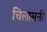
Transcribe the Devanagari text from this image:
चिलासनी